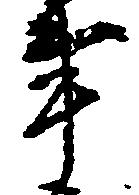
事